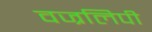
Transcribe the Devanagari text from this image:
वज्रलिपी